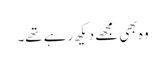
وہ بھی مجھے دیکھ رہے تھے۔